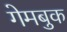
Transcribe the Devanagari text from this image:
गेमबुक